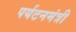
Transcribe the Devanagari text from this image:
पर्यटनमंत्री